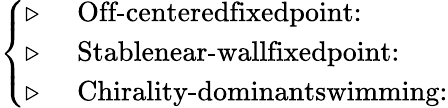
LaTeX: \begin{array}{r}{\left\{ \begin{array}{ll}{\triangleright\, \, }&{\textrm{Off-centeredfixedpoint:}}\\ {\triangleright\, \, }&{\textrm{Stablenear-wallfixedpoint:}}\\ {\triangleright\, \, }&{\textrm{Chirality-dominantswimming:}}\end{array}\right.}\end{array}